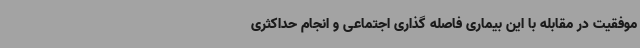
موفقیت در مقابله با این بیماری فاصله گذاری اجتماعی و انجام حداکثری